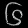
Digit: ၆